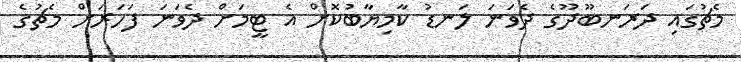
މެޗުގައި ދަރަނބޫދޫގެ ދެވަނަ ލަނޑު ކާމިޔާބުކޮށް އެ ޓީމަށް ދެވަނަ ފަހަރަށް މެޗުގެ